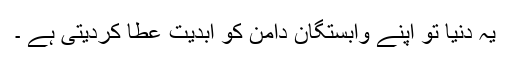
یہ دنیا تو اپنے وابستگان دامن کو ابدیت عطا کردیتی ہے ۔